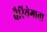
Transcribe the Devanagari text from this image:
वैरियेगाता